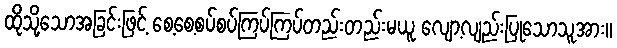
ထိုသို့သောအခြင်းဖြင့် စေ့စေ့စပ်စပ်ကြပ်ကြပ်တည်းတည်းမယူ လျော့လျည်းပြုသောသူအား။